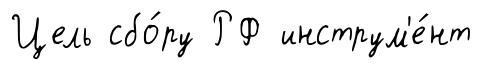
Цель сбо́ру РФ инструм'е́нт